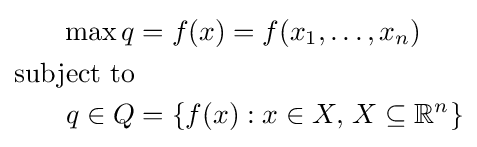
{\begin{aligned}\max q&=f(x)=f(x_{1},\ldots ,x_{n})\\{\text{subject to}}\\q\in Q&=\{f(x):x\in X,\,X\subseteq \mathbb {R} ^{n}\}\end{aligned}}